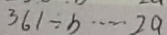
3 6 1 \div b \cdots 2 a